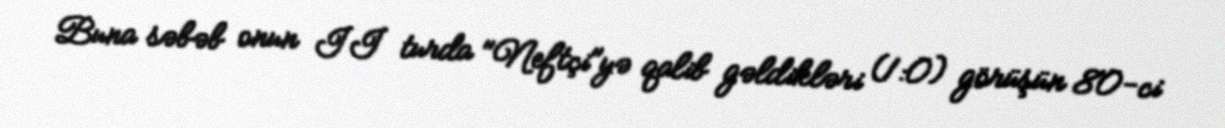
Buna səbəb onun II turda "Neftçi"yə qalib gəldikləri (1:0) görüşün 80-ci